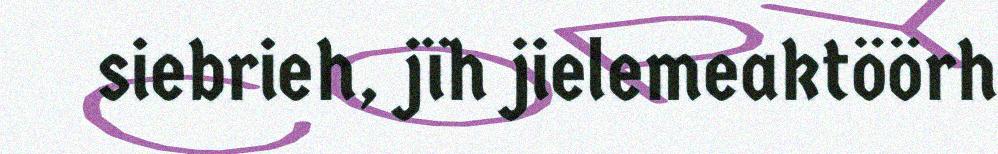
siebrieh, jïh jielemeaktöörh